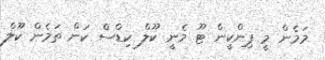
މަމެން މީ ޕިންކީން ޓޫ މެނީ ކޫލް ކިޑްސް ކަން ތަމެން ކޫލް